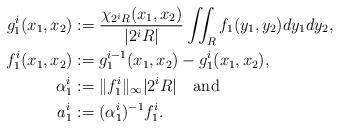
LaTeX: \begin{align*}g_1^{i}(x_1,x_2)&:=\frac{\chi_{2^{i}R}(x_1,x_2)}{|2^i R|}\iint_{R}f_1(y_1,y_2)dy_1dy_2,\\f_1^{i}(x_1,x_2)&:= g_1^{i-1}(x_1,x_2)-g_1^{i}(x_1,x_2),\\\alpha_1^i&:=\|f_1^i\|_\infty |2^iR| \quad{\rm and}\\a_1^i&:= (\alpha_1^i)^{-1} f_1^i.\end{align*}